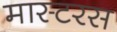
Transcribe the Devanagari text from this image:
मास्टरस